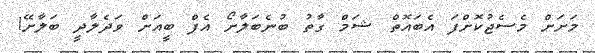
މަށަށް މެސެޖުކޮށްފަ އެބައޮތް ޝަމް ގާތު ބުނެބަލާށޯ އެފް ބީއަށް ވަދެލާދީ ބަލާށޭ!